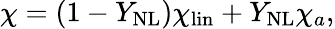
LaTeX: \chi=(1-Y_{\mathrm{{NL}}})\chi_{\mathrm{{lin}}}+Y_{\mathrm{{NL}}}\chi_{a},